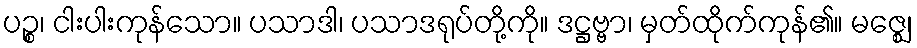
ပဉ္စ၊ ငါးပါးကုန်သော။ ပသာဒါ၊ ပသာဒရုပ်တို့ကို။ ဒဋ္ဌဗ္ဗာ၊ မှတ်ထိုက်ကုန်၏။ မဇ္ဈေ၊